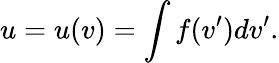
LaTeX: u=u(v)=\int f(v^{\prime})dv^{\prime}.